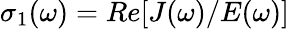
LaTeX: \begin{array}{r}{\sigma_{1}(\omega)={Re}[J(\omega)/E(\omega)]}\end{array}